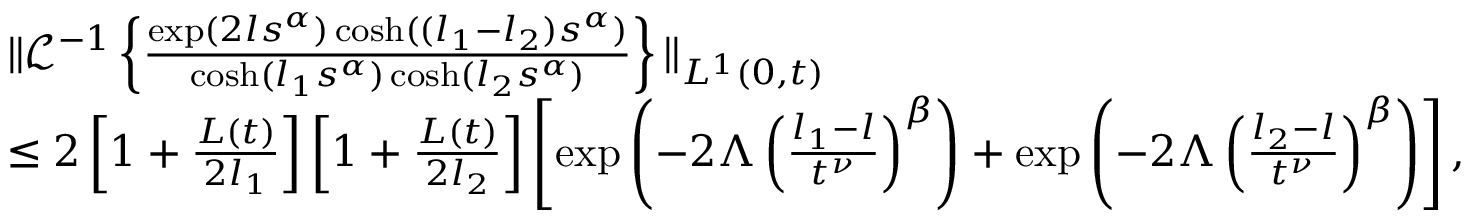
\begin{array} { r l } & { \| \mathcal { L } ^ { - 1 } \left\{ \frac { \exp ( 2 l s ^ { \alpha } ) \cosh ( ( l _ { 1 } - l _ { 2 } ) s ^ { \alpha } ) } { \cosh ( l _ { 1 } s ^ { \alpha } ) \cosh ( l _ { 2 } s ^ { \alpha } ) } \right\} \| _ { L ^ { 1 } ( 0 , t ) } } \\ & { \leq 2 \left[ 1 + \frac { L ( t ) } { 2 l _ { 1 } } \right] \left[ 1 + \frac { L ( t ) } { 2 l _ { 2 } } \right] \left[ \exp \left( - 2 \Lambda \left( \frac { l _ { 1 } - l } { t ^ { \nu } } \right) ^ { \beta } \right) + \exp \left( - 2 \Lambda \left( \frac { l _ { 2 } - l } { t ^ { \nu } } \right) ^ { \beta } \right) \right] , } \end{array}